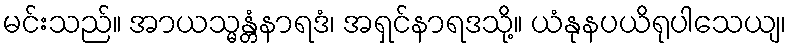
မင်းသည်။ အာယသ္မန္တံနာရဒံ၊ အရှင်နာရဒသို့။ ယံနုနပယိရုပါသေယျ၊